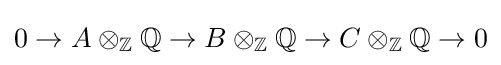
0\to A\otimes _{\mathbb {Z} }\mathbb {Q} \to B\otimes _{\mathbb {Z} }\mathbb {Q} \to C\otimes _{\mathbb {Z} }\mathbb {Q} \to 0